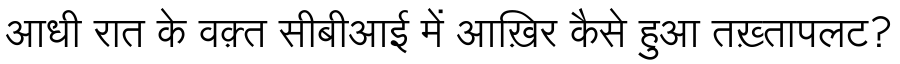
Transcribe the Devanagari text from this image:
आधी रात के वक़्त सीबीआई में आख़िर कैसे हुआ तख़्तापलट?